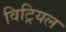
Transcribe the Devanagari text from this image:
विट्रियल